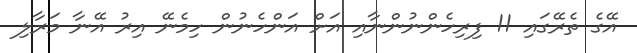
އޭގެ ތެރޭގައި 11 ފިރިހެންނުންނާއި އަށް އަންހެނުން ހިމެނޭ އިރު އޭނާ މަރާލި